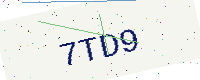
Text: 7TD9